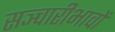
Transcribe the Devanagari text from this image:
सञ्चारीभावों